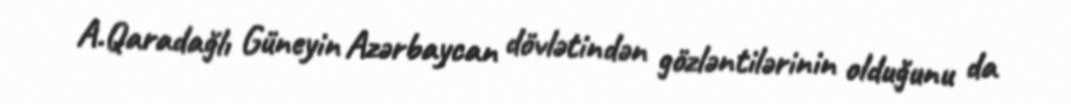
A.Qaradağlı Güneyin Azərbaycan dövlətindən gözləntilərinin olduğunu da